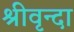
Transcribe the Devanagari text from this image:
श्रीवृन्दा